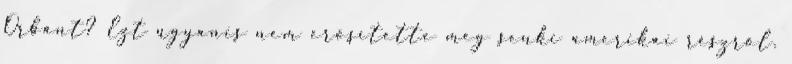
Orbánt? Ezt ugyanis nem erősítette meg senki amerikai részről.